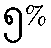
၅%